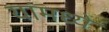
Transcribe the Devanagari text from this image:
यांमध्‍ये